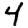
Digit: 4